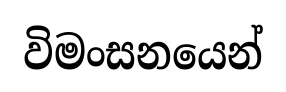
විමංසනයෙන්